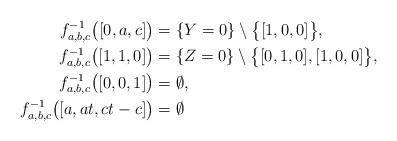
LaTeX: \begin{align*} f_{a,b,c}^{-1}\bigl([0,a,c]\bigr) &= \{Y=0\}\setminus\bigl\{[1,0,0]\bigr\},\\ f_{a,b,c}^{-1}\bigl([1,1,0]\bigr) & =\{Z=0\}\setminus\bigl\{ [0,1,0], [1,0,0] \bigr\},\\ f_{a,b,c}^{-1}\bigl([0,0,1]\bigr) & =\emptyset,\\ f_{a,b,c}^{-1}\bigl([a,at,ct-c]\bigr) & =\emptyset~\end{align*}